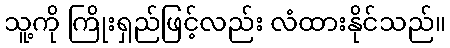
သူ့ကို ကြိုးရှည်ဖြင့်လည်း လံထားနိုင်သည်။